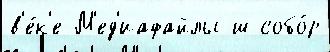
в'е́к'е М'ед'иафайлы ш собо́р